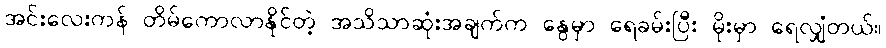
အင်းလေးကန် တိမ်ကောလာနိုင်တဲ့ အသိသာဆုံးအချက်က နွေမှာ ရေခမ်းပြီး မိုးမှာ ရေလျှံတယ်။